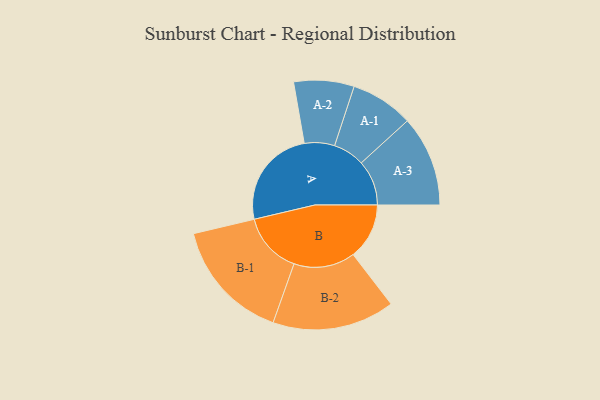
{"axis": {"x": "Segment", "y": "Value"}, "legend": ["", "A", "B"], "data": [{"x": "A", "y": 454, "type": ""}, {"x": "B", "y": 255, "type": ""}, {"x": "A-1", "y": 143, "type": "A"}, {"x": "A-2", "y": 137, "type": "A"}, {"x": "A-3", "y": 206, "type": "A"}, {"x": "B-1", "y": 278, "type": "B"}, {"x": "B-2", "y": 278, "type": "B"}]}